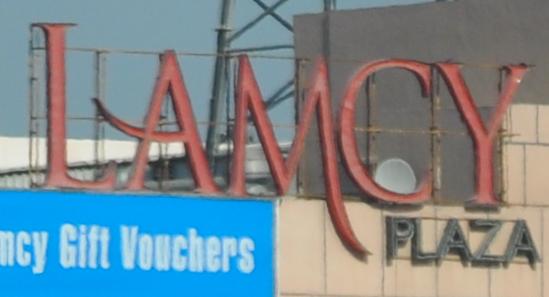
lamcy